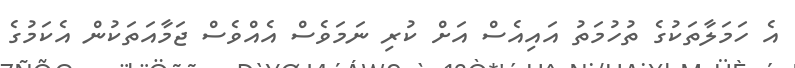
އެ ހަމަލާތަކުގެ ތުހުމަތު އައިއެސް އަށް ކުރި ނަމަވެސް އެއްވެސް ޖަމާއަތަކުން އެކަމުގެ